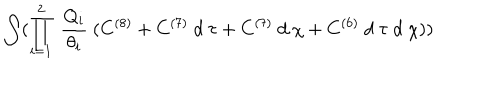
LaTeX: \int ( \prod _ { i = 1 } ^ { 2 } ~ \frac { Q _ { i } } { \theta _ { i } } ~ ( C ^ { ( 8 ) } + C ^ { ( 7 ) } ~ d ~ \tau + C ^ { ( 7 ) } ~ d ~ \chi + C ^ { ( 6 ) } ~ d ~ \tau ~ d ~ \chi ) )